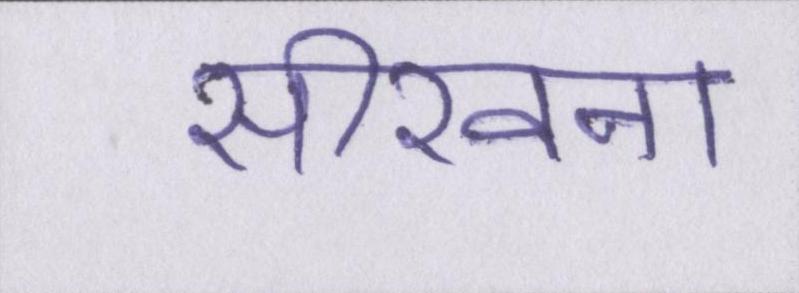
सीखना